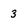
Character: 3